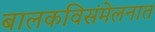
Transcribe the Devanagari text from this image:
बालकविसंमेलनात